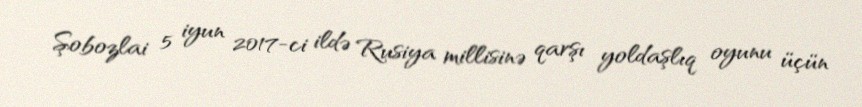
Şobozlai 5 iyun 2017-ci ildə Rusiya millisinə qarşı yoldaşlıq oyunu üçün